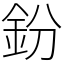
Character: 鈖